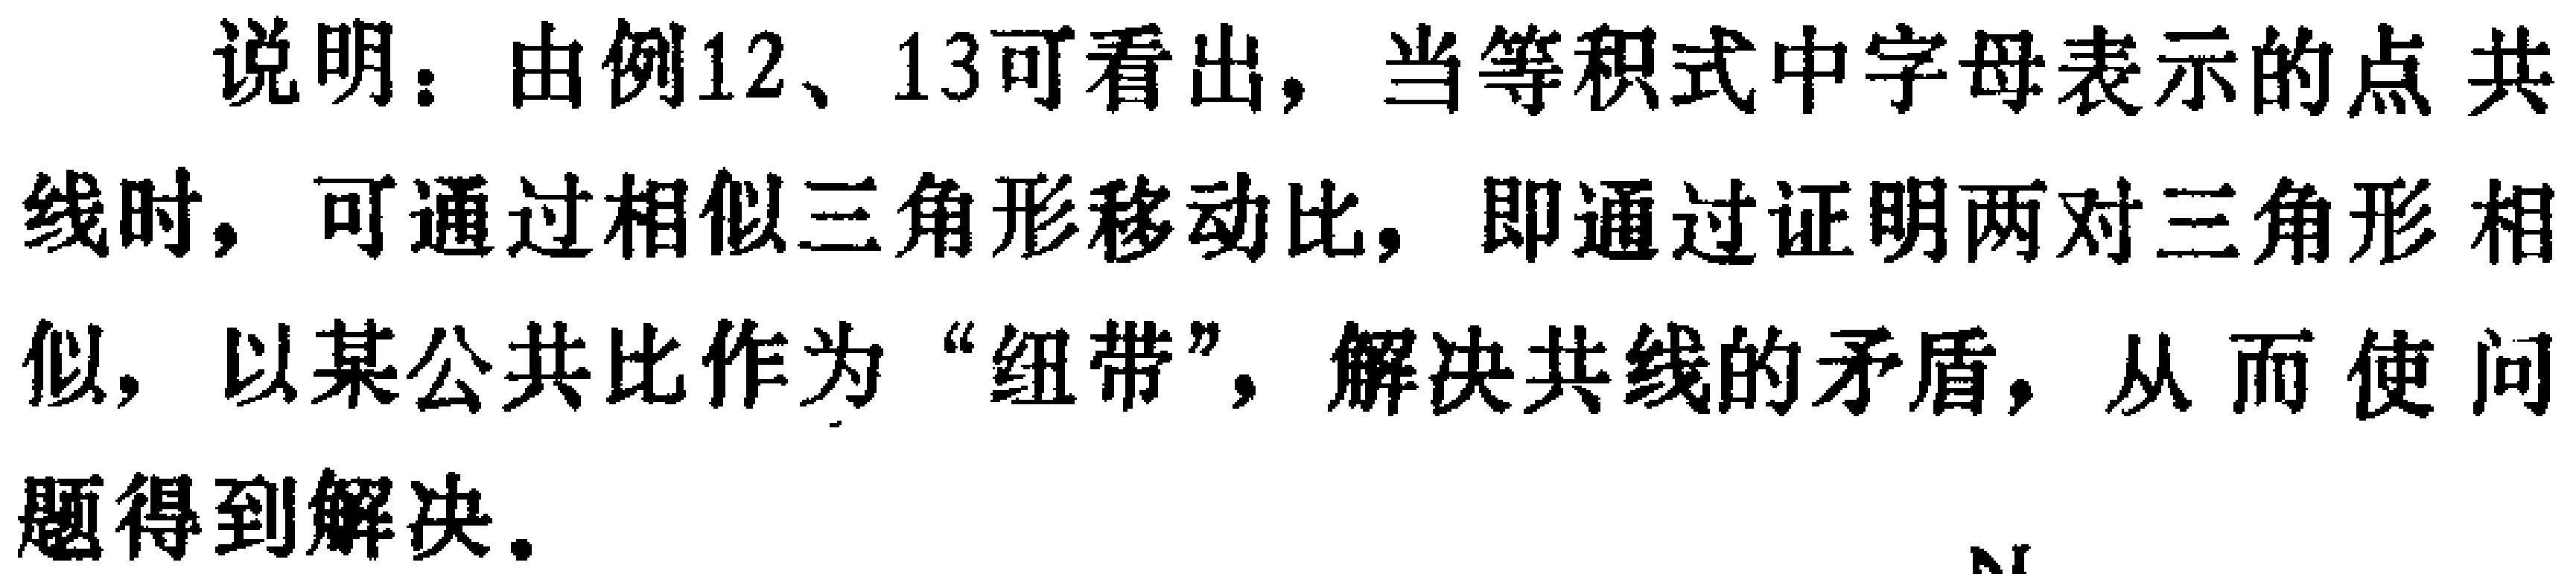
说明：由例12、13可看出，当等积式中字母表示的点 共线时，可通过相似三角形移动比，即通过证明两对三角形 相似，以某公共比作为“纽带”，解决共线的矛盾，从而 使 问题得到解决。